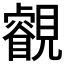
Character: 𧢕